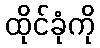
ထိုင်ခုံကို